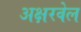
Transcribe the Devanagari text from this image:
अक्षरवेल